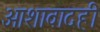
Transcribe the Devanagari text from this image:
आशावादही